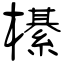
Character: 櫀